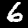
Digit: 6